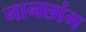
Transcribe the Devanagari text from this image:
नानछांग